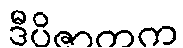
ဒီပိဇာတက